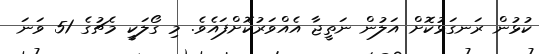
ކުޅުން ރަނގަޅުކޮށް އަލުން ނަތީޖާ އެއްވަރުކޮށްފައެވެ. މި ގޯލަކީ މެޗުގެ 51 ވަނަ